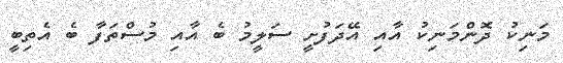
މަނިކު ދޮންމަނިކު އާއި އޭދަފުށީ ސަލީމު ބެ އާއި މުސްތަފާ ބެ އެތިބީ